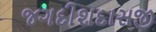
જગદીશદાસજી